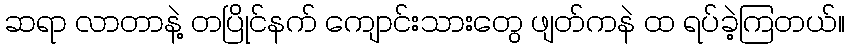
ဆရာ လာတာနဲ့ တပြိုင်နက် ကျောင်းသားတွေ ဖျတ်ကနဲ ထ ရပ်ခဲ့ကြတယ်။